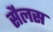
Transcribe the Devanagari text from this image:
सैलस